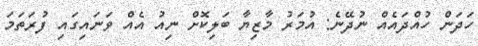
ހަދަން ހުއްދައެއް ނުދޭނެ: އުމަރު މާޒިޔާ ބަލިކޮށް ނިއު އެއް ވަނައިގައި ފުރަތަމަ